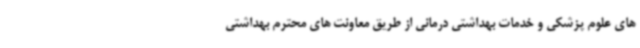
های علوم پزشکی و خدمات بهداشتی درمانی از طریق معاونت های محترم بهداشتی